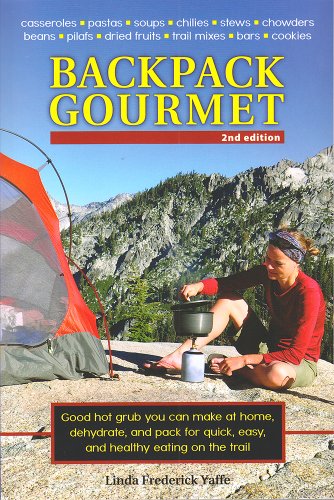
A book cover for Backpack Gourmet: Good Hot Grub You Can Make at Home, Dehydrate, and Pack for Quick, Easy, and Healthy Eating on the Trail: 2nd Edition; Linda Frederick Yaffe; Cookbooks, Food & Wine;